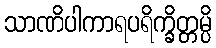
သာဏိပါကာရပရိက္ခိတ္တမ္ပိ